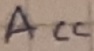
Text: ACC